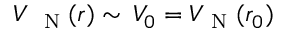
V _ { \mathrm { ~ \scriptsize ~ N ~ } } ( r ) \sim \, V _ { 0 } = V _ { \textrm { N } } ( r _ { 0 } )